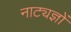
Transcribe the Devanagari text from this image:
नाट्यज्ञों